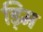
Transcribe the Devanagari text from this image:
ड़िम